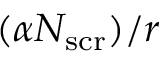
( \alpha N _ { \mathrm { s c r } } ) / r